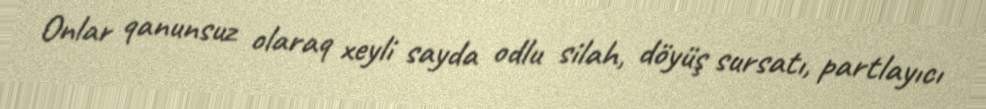
Onlar qanunsuz olaraq xeyli sayda odlu silah, döyüş sursatı, partlayıcı